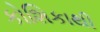
કોશિકાથી